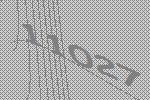
11027